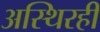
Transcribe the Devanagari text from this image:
अस्थिरही